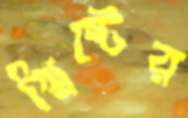
খ্রিষ্টের